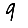
Digit: 9